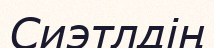
Сиэтлдің